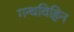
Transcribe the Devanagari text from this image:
गन्धविहिन